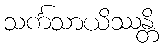
သင်္ကသာယိဿန္တိ